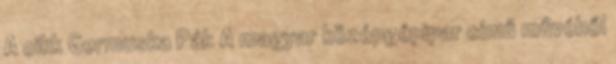
A cikk Germuska Pál: A magyar középgépipar című művéből